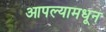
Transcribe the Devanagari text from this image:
आपल्यामधून